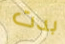
بدت